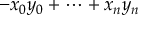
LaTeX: - x _ { 0 } y _ { 0 } + \cdots + x _ { n } y _ { n }